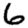
Digit: 6